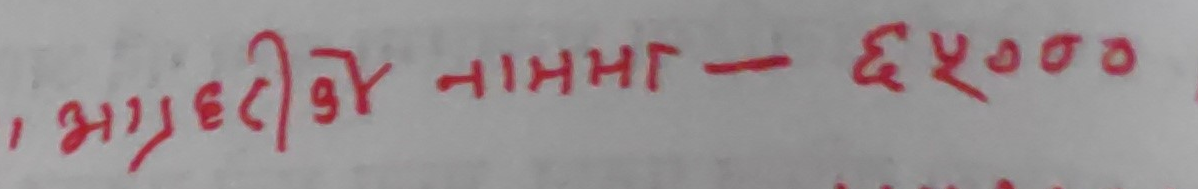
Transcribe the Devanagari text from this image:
, भागट्टीको नाम्मा - ६५०००